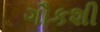
ગૌકશી